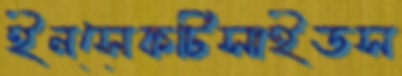
ইনসেকটিসাইডস